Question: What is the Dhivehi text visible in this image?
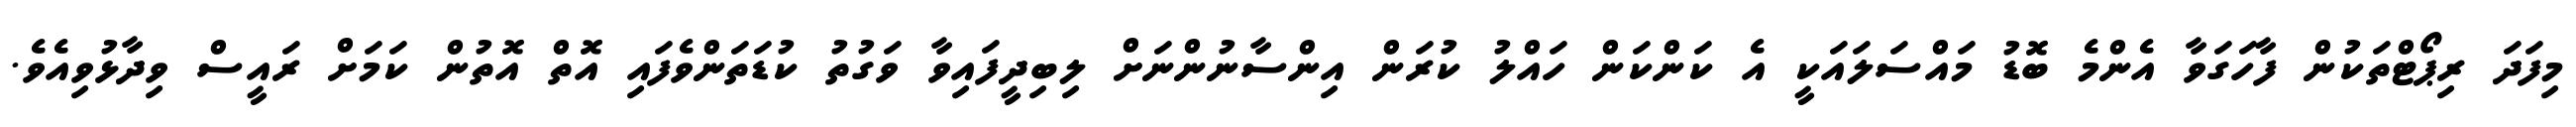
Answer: މިފަދަ ރިޕޯޓްތަކުން ފާހަގަވާ އެންމެ ބޮޑު މައްސަލައަކީ އެ ކަންކަން ހައްލު ކުރަން އިންސާނުންނަށް ލިބިދީފައިވާ ވަގުތު ކުޑަތަންވެފައި އޮތް އޮތުން ކަމަށް ރައީސް ވިދާޅުވިއެވެ.